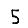
Digit: 5